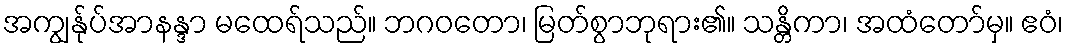
အကျွန်ုပ်အာနန္ဒာ မထေရ်သည်။ ဘဂဝတော၊ မြတ်စွာဘုရား၏။ သန္တိကာ၊ အထံတော်မှ။ ဧဝံ၊